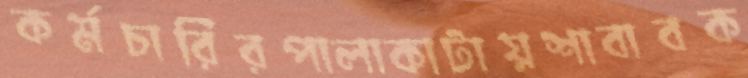
কর্মচারিরপালাকাটায়শাবাবক